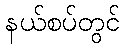
နယ်စပ်တွင်